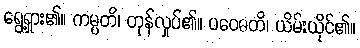
ရွေ့ရှား၏။ ကမ္ပတိ၊ တုန်လှုပ်၏။ ပဝေဓတိ၊ ယိမ်းယိုင်၏။